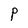
Character: P